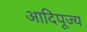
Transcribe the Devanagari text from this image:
आदिपूज्य